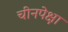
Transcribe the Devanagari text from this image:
चीनपेक्षा